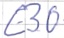
Text: E3.0